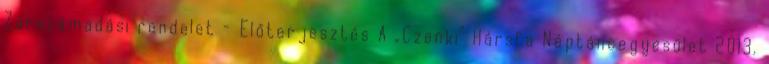
Zárszámadási rendelet - Előterjesztés A „Czenki” Hársfa Néptáncegyesület 2013.